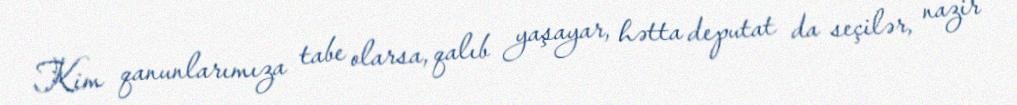
Kim qanunlarımıza tabe olarsa, qalıb yaşayar, hətta deputat da seçilər, nazir